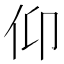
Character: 仰